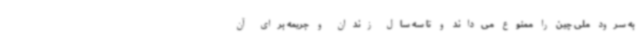
به سرود ملی چین را ممنوع می‌داند و تا سه سال زندان و جریمه برای آن